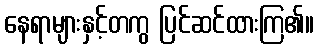
နေရာများနှင့်တကွ ပြင်ဆင်ထားကြ၏။